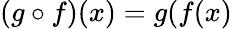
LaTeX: (g\circ f)(x)=g(f(x)